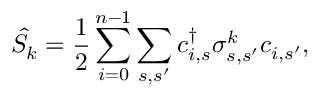
\hat { S _ { k } } = \frac { 1 } { 2 } \sum _ { i = 0 } ^ { n - 1 } \sum _ { s , s ^ { \prime } } c _ { i , s } ^ { \dagger } \sigma _ { s , s ^ { \prime } } ^ { k } c _ { i , s ^ { \prime } } ,